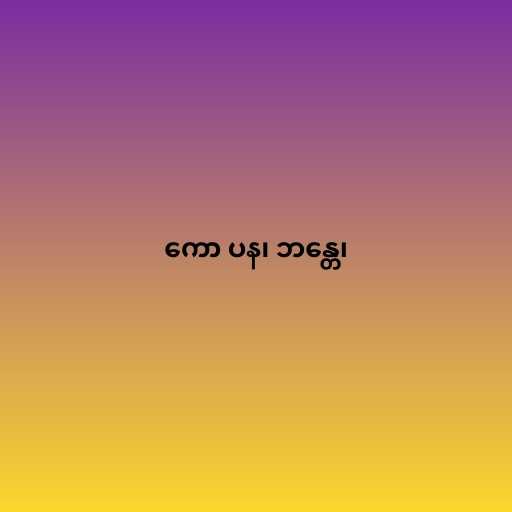
ကော ပန၊ ဘန္တေ၊